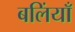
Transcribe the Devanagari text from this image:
बलिंयाँ